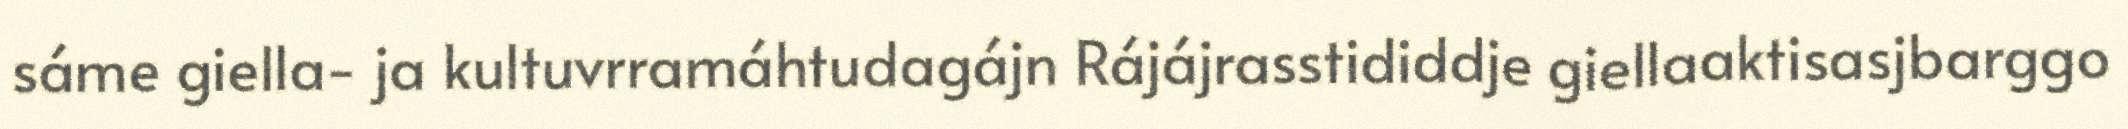
sáme giella- ja kultuvrramáhtudagájn Rájájrasstididdje giellaaktisasjbarggo